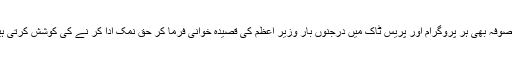
موصوفہ بھی ہر پروگرام اور پریس ٹاک میں درجنوں بار وزیر اعظم کی قصیدہ خوانی فرما کر حق نمک ادا کر نے کی کوشش کرتی ہیں۔